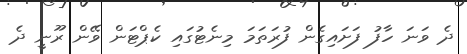
ދެ ވަނަ ހާފު ފަށައިގެން ފުރަތަމަ މިނެޓުގައި ކެޕްޓަން ވޭން ރޫނީ ދެ